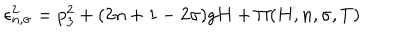
\epsilon _ { n , \sigma } ^ { 2 } = p _ { 3 } ^ { 2 } + ( 2 n + 1 - 2 \sigma ) g H + \Pi ( H , n , \sigma , T )